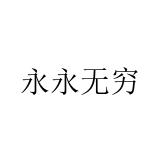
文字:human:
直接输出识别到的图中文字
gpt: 永永无穷